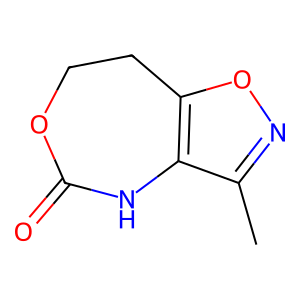
SMILES: Cc1noc2c1NC(=O)OCC2
Inhibits HIV replication: No